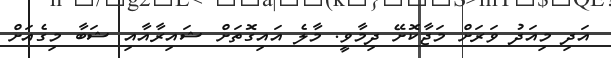
އަދި މިއަދު ވަރަށް މަޖާކޮށޭ ދިމާވީ. މާލެ އައިގޮތަށް ޝައިރާއާއި ޝަބާ މިގެއަށް